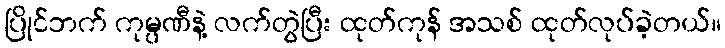
ပြိုင်ဘက် ကုမ္ပဏီနဲ့ လက်တွဲပြီး ထုတ်ကုန် အသစ် ထုတ်လုပ်ခဲ့တယ်။